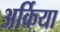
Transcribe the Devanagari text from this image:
अर्किया